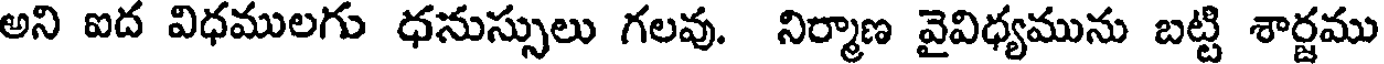
అని ఐద విధములగు ధనుస్సులు గలవు. నిర్మాణ వైవిధ్యమును బట్టి శార్జము